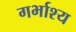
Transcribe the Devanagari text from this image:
गर्भाश्य